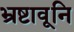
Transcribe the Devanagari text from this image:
भ्रष्टावूनि